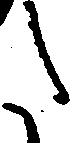
た